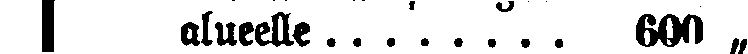
# alueelle ........ 600 „